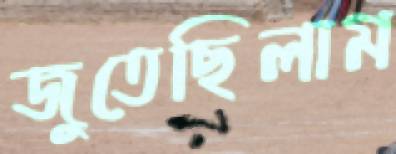
জুতেছিলাম